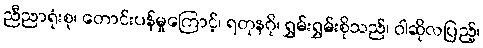
ညီညာရုံးစု၊ တောင်းပန်မှုကြောင့်၊ ရတုနဂို၊ ရွှမ်းရွှမ်းစိုသည်၊ ဝါဆိုလပြည့်၊